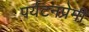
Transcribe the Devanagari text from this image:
पर्यटनप्रेमी